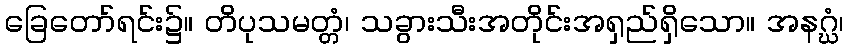
ခြေတော်ရင်း၌။ တိပုသမတ္တံ၊ သခွားသီးအတိုင်းအရှည်ရှိသော။ အနဂ္ဃံ၊